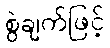
စွဲချက်ဖြင့်